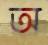
অ